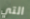
التي